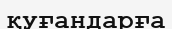
қуғандарға